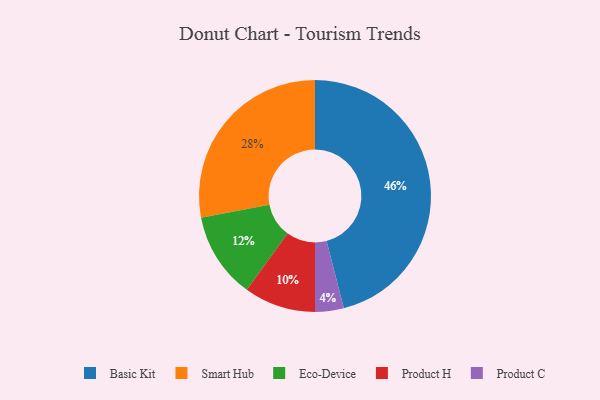
{"axis": {"x": "Category", "y": "Percentage"}, "legend": ["Basic Kit", "Eco-Device", "Product C", "Product H", "Smart Hub"], "data": [{"x": "Smart Hub", "y": 28, "type": "Smart Hub"}, {"x": "Product C", "y": 4, "type": "Product C"}, {"x": "Eco-Device", "y": 12, "type": "Eco-Device"}, {"x": "Basic Kit", "y": 46, "type": "Basic Kit"}, {"x": "Product H", "y": 10, "type": "Product H"}]}